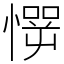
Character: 㦍